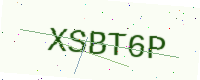
Text: XSBT6P